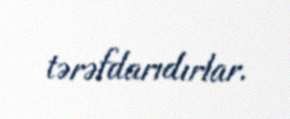
tərəfdarıdırlar.